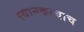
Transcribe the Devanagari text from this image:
स्थानकाचाच